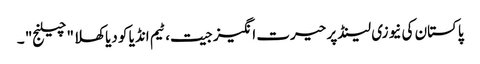
پاکستان کی نیوزی لینڈ پر حیرت انگیز جیت، ٹیم انڈیا کو دیا کھلا "چیلنج" ۔